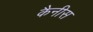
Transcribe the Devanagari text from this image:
कैनीस